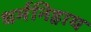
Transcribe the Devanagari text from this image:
धर्मनिहाय